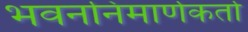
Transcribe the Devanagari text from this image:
भवननिमार्णकर्ता